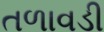
તળાવડી